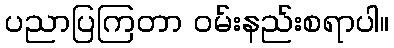
ပညာပြကြတာ ဝမ်းနည်းစရာပါ။